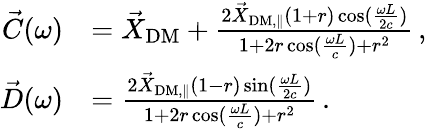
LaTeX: \begin{array}{rl}{\vec{C}(\omega)}&{=\vec{X}_{\mathrm{DM}}+\frac{2\vec{X}_{\mathrm{DM,\parallel}}(1+r)\cos(\frac{\omega L}{2c})}{1+2r\cos(\frac{\omega L}{c})+r^{2}}\, ,}\\ {\vec{D}(\omega)}&{=\frac{2\vec{X}_{\mathrm{DM,\parallel}}(1-r)\sin(\frac{\omega L}{2c})}{1+2r\cos(\frac{\omega L}{c})+r^{2}}\, .}\end{array}